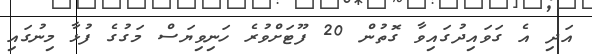
އަދި އެ ގަވައިދުގައިވާ ގޮތުން 20 ފޫޓަށްވުރެ ހަނިވިޔަސް މަގުގެ ފުޅާ މިނުގައި